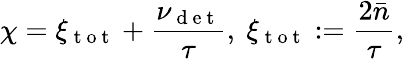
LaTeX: \chi=\xi_{\mathrm{~t~o~t~}}+\frac{\nu_{\mathrm{~d~e~t~}}}{\tau},~\xi_{\mathrm{~t~o~t~}}:=\frac{2\bar{n}}{\tau},